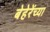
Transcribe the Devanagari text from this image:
बेहेरेंच्या